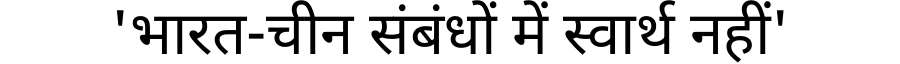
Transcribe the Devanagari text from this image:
'भारत-चीन संबंधों में स्वार्थ नहीं'